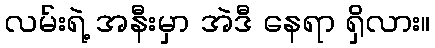
လမ်းရဲ့ အနီးမှာ အဲဒီ နေရာ ရှိလား။